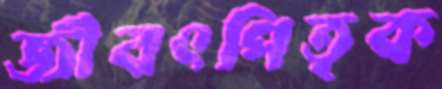
জীবৎপিতৃক